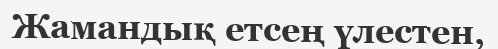
Жамандық етсең үлестен,